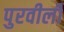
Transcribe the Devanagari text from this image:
पुरवीली